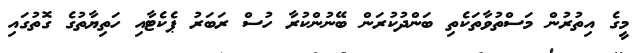
މީގެ އިތުރުން މަސްތުވާތަކެތި ބަންދުކުރަން ބޭނުންކުރާ ހުސް ރަބަރު ޕެކެޓާއި ހަތިޔާތުގެ ގޮތުގައި